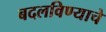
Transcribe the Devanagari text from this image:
बदलविण्याचे